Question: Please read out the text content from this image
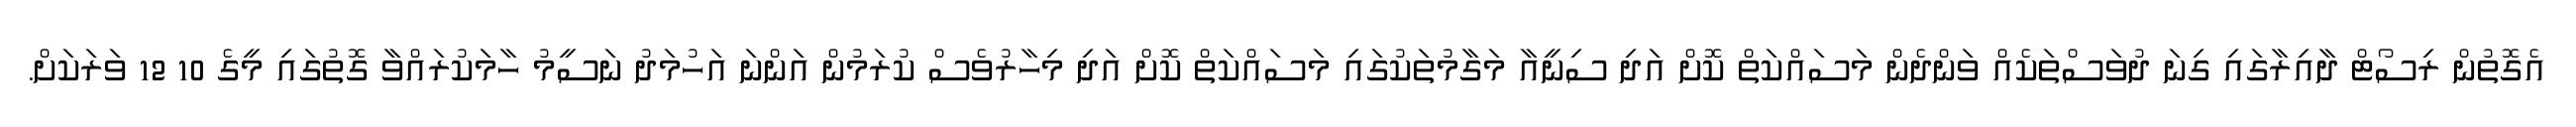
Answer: އެގޮތުން ރިސޯޓް ދާއިރާގައި ގިނަ ދުވަސްތަކެއް ވަންދެން މަސައްކަތް ކޮށް އަދި ސިނީއާ މަގާމުތަކުގައި މަސައްކަތް ކޮށް އަދި މިހާރުވެސް ކުރަމުން އަންނަ އަހުމަދު ނަސީމު ހާމަކުރައްވާ ގޮތުގައި މީގެ 10 12 ވަރަކަށް.